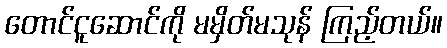
တောင်ငူဆောင်ကို မမှိတ်မသုန် ကြည့်တယ်။